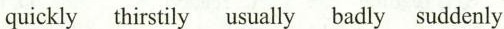
quickly thirstily usually badly suddenly